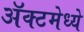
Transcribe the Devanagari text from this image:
ॲक्टमेध्ये